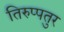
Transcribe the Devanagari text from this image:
तिरुप्पतुर